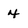
Character: 4